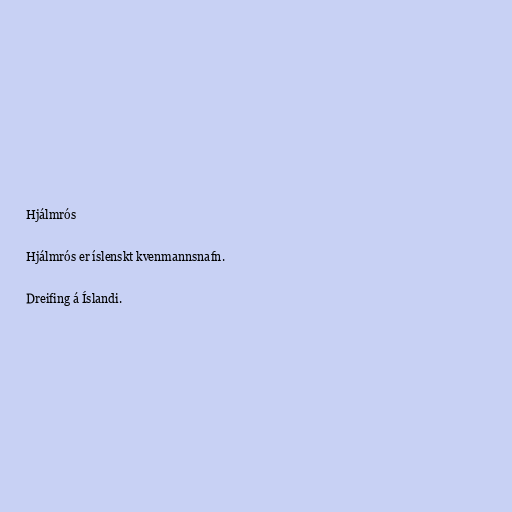
Hjálmrós

Hjálmrós er íslenskt kvenmannsnafn.

Dreifing á Íslandi.